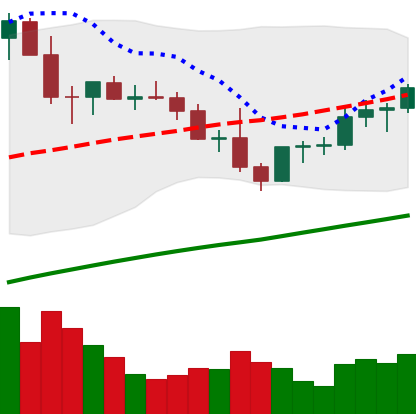
Ticker: LTC-USD
Chart end date: 2021-04-01
Forward return: 16.438%
Label: up_7plus